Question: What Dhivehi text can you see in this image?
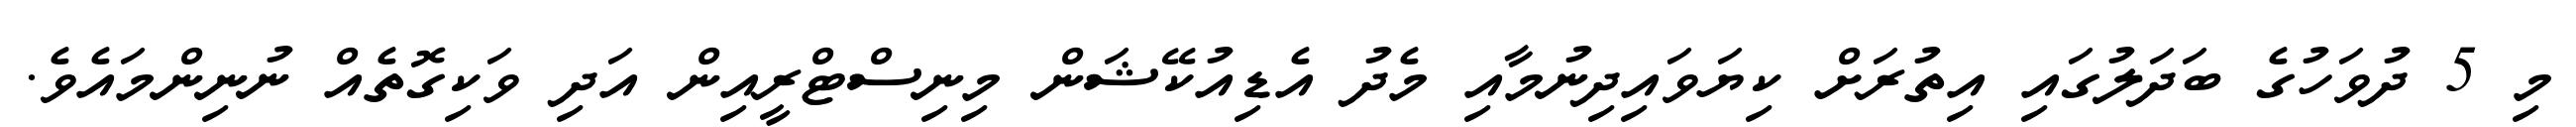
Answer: މި 5 ދުވަހުގެ ބަދަލުގައި އިތުރަށް ކިޔަވައިދިނުމާއި މެދު އެޑިއުކޭޝަން މިނިސްޓްރީއިން އަދި ވަކިގޮތެއް ނުނިންމައެވެ.